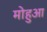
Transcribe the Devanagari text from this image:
मोहुआ